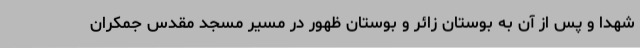
شهدا و پس از آن به بوستان زائر و بوستان ظهور در مسیر مسجد مقدس جمکران